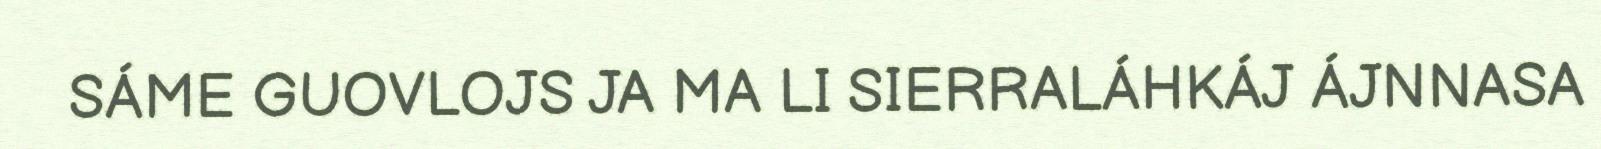
SÁME GUOVLOJS JA MA LI SIERRALÁHKÁJ ÁJNNASA